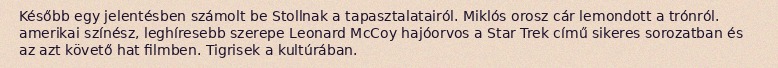
Később egy jelentésben számolt be Stollnak a tapasztalatairól. Miklós orosz cár lemondott a trónról. amerikai színész, leghíresebb szerepe Leonard McCoy hajóorvos a Star Trek című sikeres sorozatban és az azt követő hat filmben. Tigrisek a kultúrában.